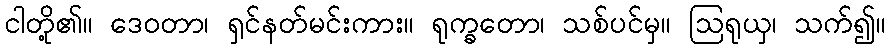
ငါတို့၏။ ဒေဝတာ၊ ရှင်နတ်မင်းကား။ ရုက္ခတော၊ သစ်ပင်မှ။ ဩရုယှ၊ သက်၍။